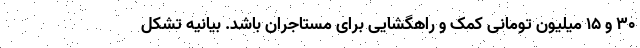
۳۰ و ۱۵ میلیون تومانی کمک و راهگشایی برای مستاجران باشد. بیانیه تشكل